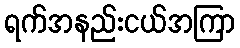
ရက်အနည်းငယ်အကြာ